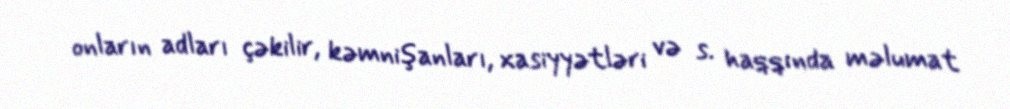
onların adları çəkilir, kəmnişanları, xasiyyətləri və s. haqqında məlumat